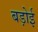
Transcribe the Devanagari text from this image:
बड़ोई